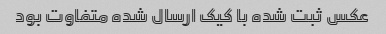
عکس ثبت شده با کیک ارسال شده متفاوت بود